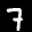
Label: 7